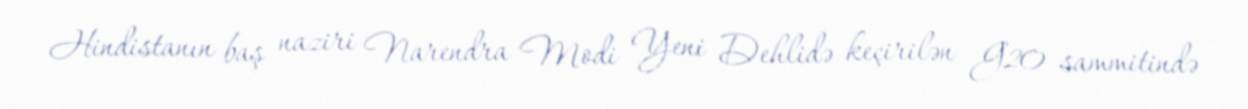
Hindistanın baş naziri Narendra Modi Yeni Dehlidə keçirilən G20 sammitində